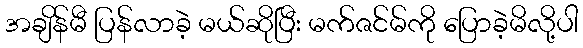
အချိန်မီ ပြန်လာခဲ့ မယ်ဆိုပြီး မက်ဇင်မ်ကို ပြောခဲ့မိလို့ပါ